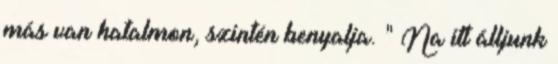
más van hatalmon, szintén benyalja. " Na itt álljunk